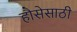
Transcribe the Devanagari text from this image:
हौसेसाठी